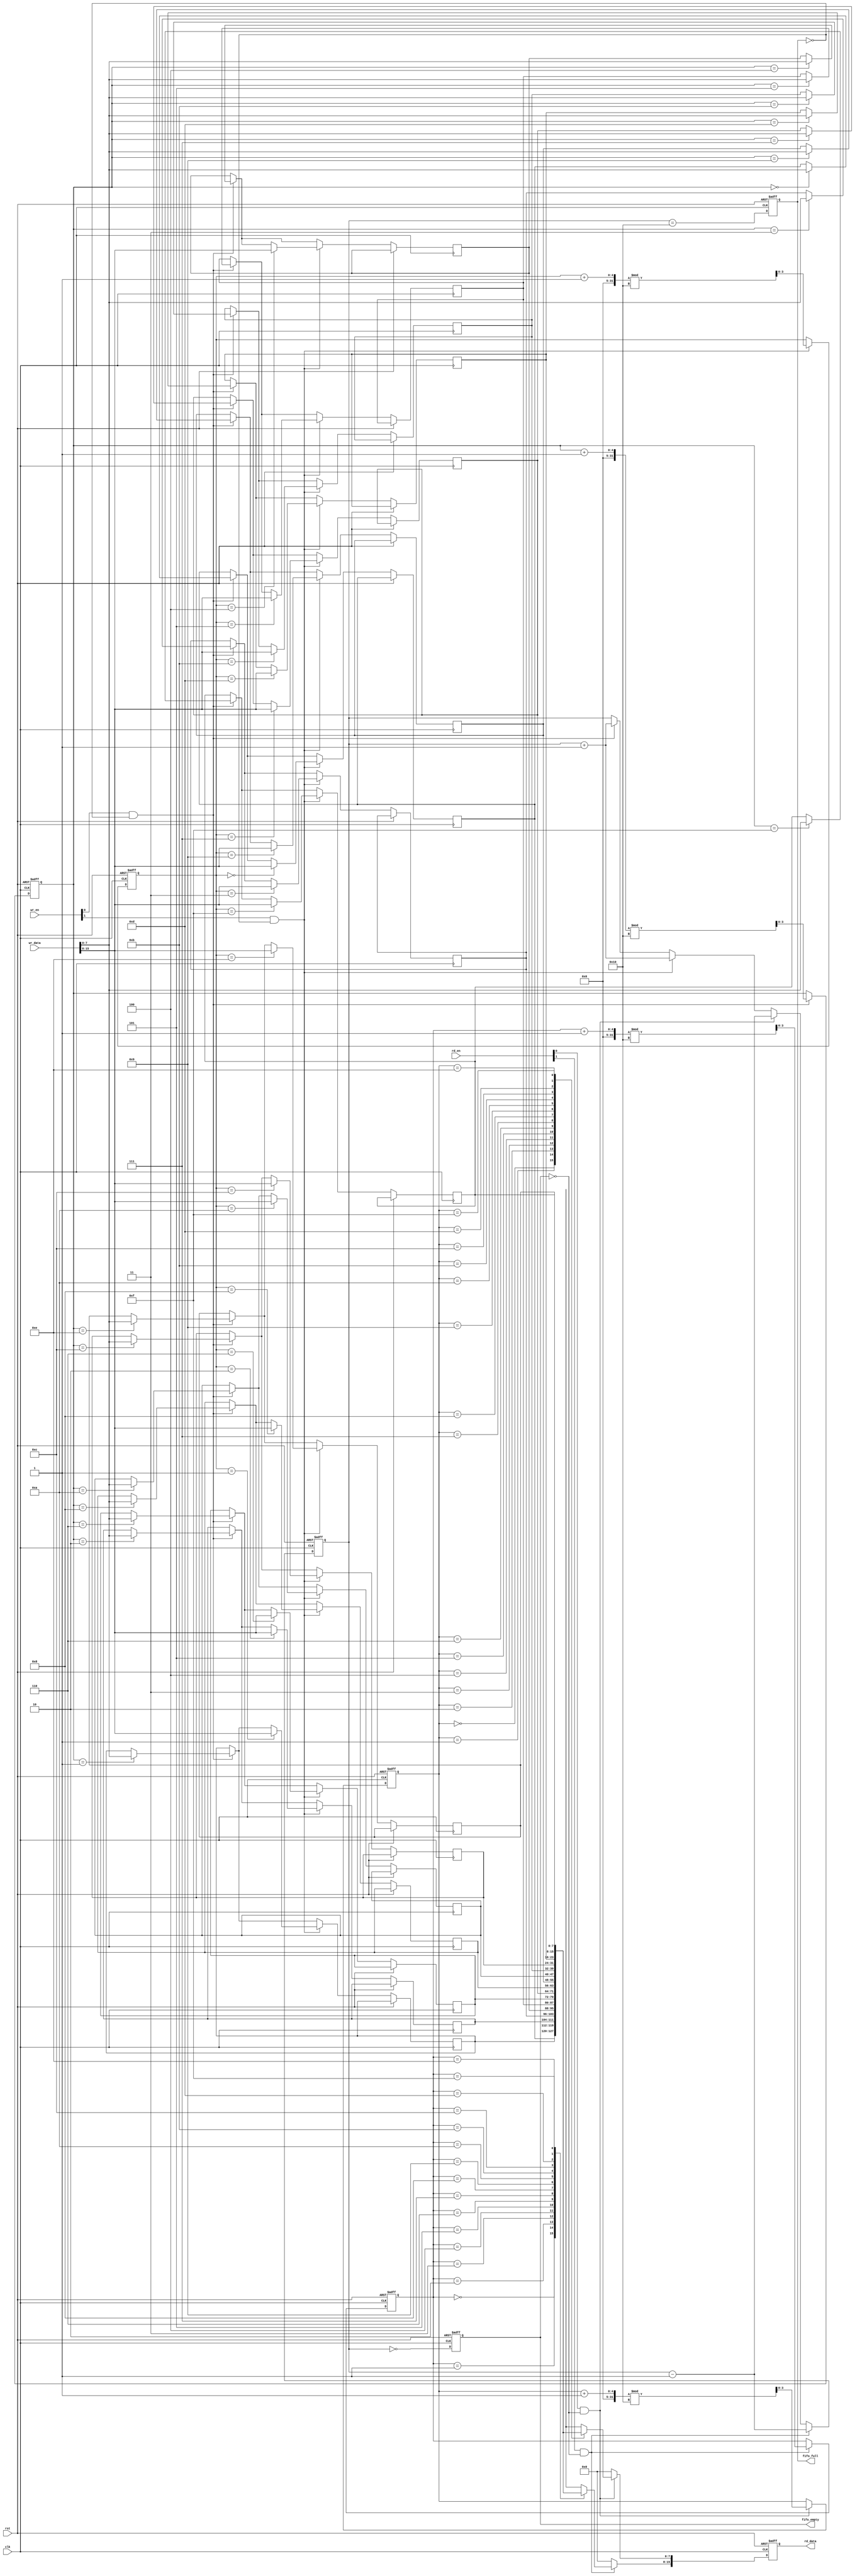
module multiport_fifo #(
    parameter DATA_WIDTH = 8, // Width of each data entry
    parameter FIFO_DEPTH = 16, // Number of entries in the FIFO
    parameter N_READ_PORTS = 2, // Number of read ports
    parameter M_WRITE_PORTS = 2 // Number of write ports
)(
    input wire clk,
    input wire rst, // Asynchronous reset
    // Write ports
    input wire [M_WRITE_PORTS-1:0] wr_en, // Write enable for each write port
    input wire [DATA_WIDTH*M_WRITE_PORTS-1:0] wr_data, // Write data for each port
    // Read ports
    input wire [N_READ_PORTS-1:0] rd_en, // Read enable for each read port
    output reg [DATA_WIDTH*N_READ_PORTS-1:0] rd_data, // Read data for each port
    output reg fifo_empty, // FIFO empty flag
    output reg fifo_full // FIFO full flag
);

    // FIFO storage
    reg [DATA_WIDTH-1:0] fifo_mem [0:FIFO_DEPTH-1];
    reg [3:0] wr_ptr [0:M_WRITE_PORTS-1]; // Write pointers for each port
    reg [3:0] rd_ptr [0:N_READ_PORTS-1]; // Read pointers for each port
    reg [4:0] fifo_count; // Number of entries in FIFO

    integer i;

    // Asynchronous reset
    always @(posedge clk or posedge rst) begin
        if (rst) begin
            // Reset pointers and flags
            for (i = 0; i < M_WRITE_PORTS; i = i + 1) begin
                wr_ptr[i] <= 0;
            end
            for (i = 0; i < N_READ_PORTS; i = i + 1) begin
                rd_ptr[i] <= 0;
            end
            fifo_count <= 0;
            fifo_empty <= 1;
            fifo_full <= 0;
            rd_data <= 0;
        end else begin
            // Handle write operations
            for (i = 0; i < M_WRITE_PORTS; i = i + 1) begin
                if (wr_en[i] && !fifo_full) begin
                    fifo_mem[wr_ptr[i]] <= wr_data[(i + 1) * DATA_WIDTH - 1 -: DATA_WIDTH];
                    wr_ptr[i] <= (wr_ptr[i] + 1) % FIFO_DEPTH;
                    fifo_count <= fifo_count + 1;
                end
            end
            
            // Update full and empty flags
            fifo_empty <= (fifo_count == 0);
            fifo_full <= (fifo_count == FIFO_DEPTH);

            // Handle read operations
            rd_data <= 0; // Reset read data
            for (i = 0; i < N_READ_PORTS; i = i + 1) begin
                if (rd_en[i] && !fifo_empty) begin
                    rd_data[(i + 1) * DATA_WIDTH - 1 -: DATA_WIDTH] <= fifo_mem[rd_ptr[i]];
                    rd_ptr[i] <= (rd_ptr[i] + 1) % FIFO_DEPTH;
                    fifo_count <= fifo_count - 1;
                end
            end
            
            // Update full and empty flags
            fifo_empty <= (fifo_count == 0);
            fifo_full <= (fifo_count == FIFO_DEPTH);
        end
    end
endmodule